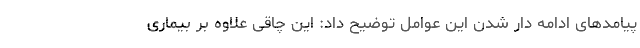
پیامدهای ادامه دار شدن این عوامل توضیح داد: این چاقی علاوه بر بیماری